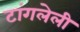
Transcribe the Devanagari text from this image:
टांगलेली